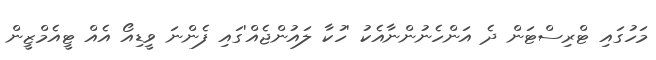
މަހުގައި ޓްރިސްޓަން ދެ އަންހެނުންނާއެކު 'ހުކާ ލައުންޖެއް'ގައި ފެންނަ ވީޑިއޯ އެއް ޓީއެމްޒީން